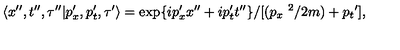
\langle x ^ { \prime \prime } , t ^ { \prime \prime } , \tau ^ { \prime \prime } | p _ { x } ^ { \prime } , p _ { t } ^ { \prime } , \tau ^ { \prime } \rangle = \exp \{ i p _ { x } ^ { \prime } x ^ { \prime \prime } + i p _ { t } ^ { \prime } t ^ { \prime \prime } \} / [ ( { p _ { x } } ^ { \ 2 } / 2 m ) + { p _ { t } } ^ { \prime } ] ,